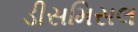
ડીસમિસલ